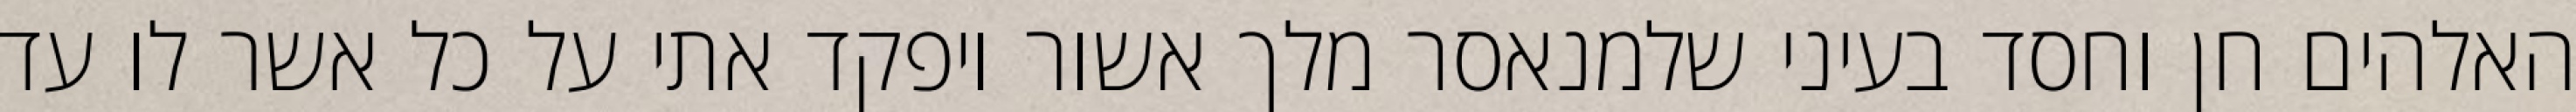
האלהים חן וחסד בעיני שלמנאסר מלך אשור ויפקד אתי על כל אשר לו עד